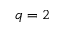
q = 2